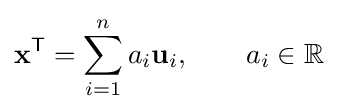
\mathbf {x} ^{\mathsf {T}}=\sum _{i=1}^{n}a_{i}\mathbf {u} _{i},\qquad a_{i}\in \mathbb {R}